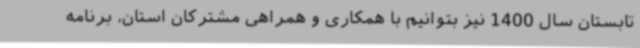
تابستان سال 1400 نیز بتوانیم با همکاری و همراهی مشترکان استان، برنامه